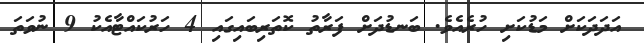
އަދަދަަކަށް މަޑުކަށި ހުރެއެވެ. ބަނޑުދަށް ފަރާތު ކޮތަރިބައިގައި 4 ހަރުކައްޓާއެކު 9 ނުވަތަ